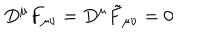
D ^ { \mu } F _ { \mu \nu } = D ^ { \mu } \tilde { F } _ { \mu \nu } = 0